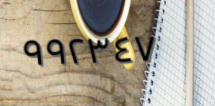
٩٩٢٣٤٧